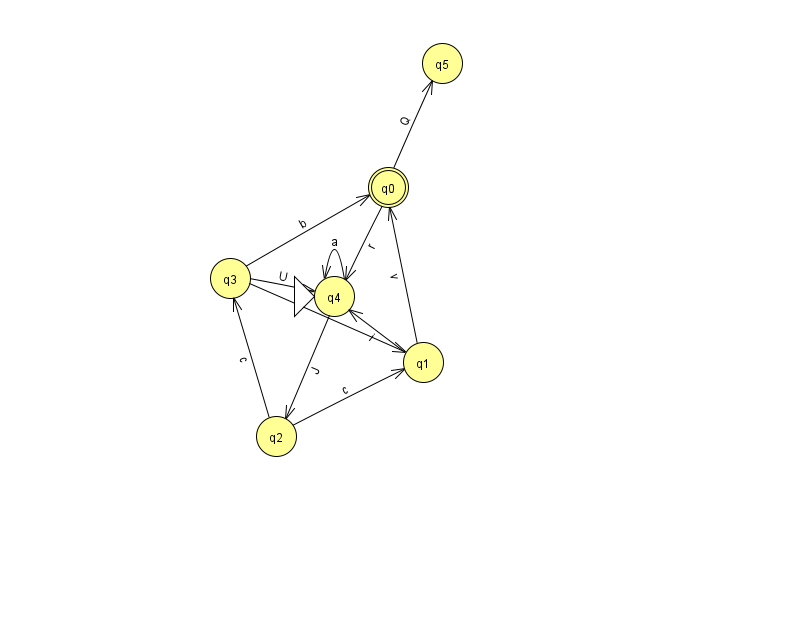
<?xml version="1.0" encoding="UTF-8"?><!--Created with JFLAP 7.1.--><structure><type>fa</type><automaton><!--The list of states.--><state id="0" name="q0"><x>388.0</x><y>174.0</y><final/></state><state id="1" name="q1"><x>423.0</x><y>349.0</y></state><state id="2" name="q2"><x>276.0</x><y>423.0</y></state><state id="3" name="q3"><x>230.0</x><y>265.0</y></state><state id="4" name="q4"><x>334.0</x><y>283.0</y><initial/></state><state id="5" name="q5"><x>442.0</x><y>50.0</y></state><!--The list of transitions.--><transition><from>0</from><to>5</to><read>Q</read></transition><transition><from>4</from><to>4</to><read>a</read></transition><transition><from>0</from><to>4</to><read>r</read></transition><transition><from>1</from><to>4</to><read>i</read></transition><transition><from>3</from><to>4</to><read>U</read></transition><transition><from>2</from><to>3</to><read>c</read></transition><transition><from>3</from><to>0</to><read>b</read></transition><transition><from>2</from><to>1</to><read>c</read></transition><transition><from>3</from><to>1</to><read>v</read></transition><transition><from>1</from><to>0</to><read>v</read></transition><transition><from>4</from><to>2</to><read>J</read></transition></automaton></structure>